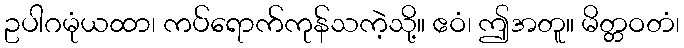
ဥပါဂမုံယထာ၊ ကပ်ရောက်ကုန်သကဲ့သို့။ ဧဝံ၊ ဤအတူ။ မိတ္တဝတံ၊